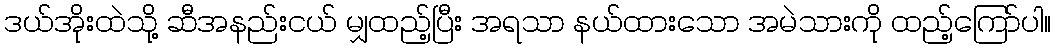
ဒယ်အိုးထဲသို့ ဆီအနည်းငယ် မျှထည့်ပြီး အရသာ နယ်ထားသော အမဲသားကို ထည့်ကြော်ပါ။